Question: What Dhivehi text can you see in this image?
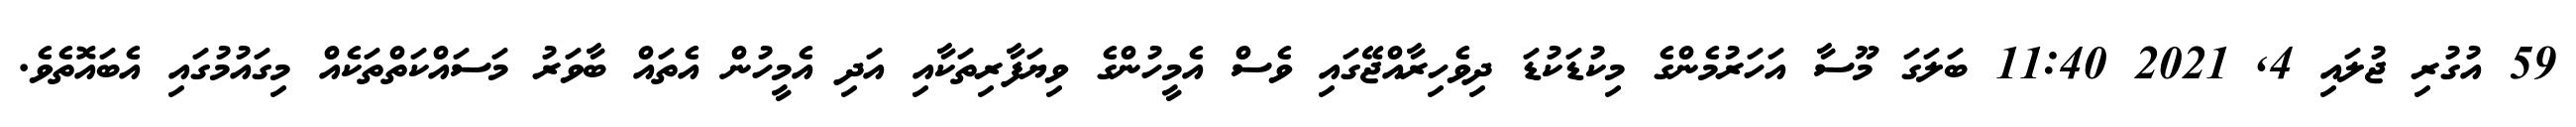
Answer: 59 އުގުރި ޖުލައި 4, 2021 11:40 ބަލަގަ މޫސާ އަހަރުމެންގެ މިކުޑަކުޑަ ދިވެހިރާއްޖޭގައި ވެސް އެމީހުންގެ ވިޔަފާރިތަކާއި އަދި އެމީހުން އެތައް ބާވަރު މަސައްކަތްތަކެއް މިގައުމުގައި އެބައޮތެވެ.